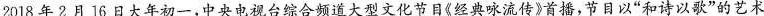
2018年2月16日大年初一，中央电视台综合频道大型文化节日《经典咏流传》首播，节目以”和诗以歌”的艺术